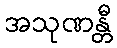
အသုဏန္တီ